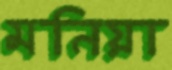
মনিয়া